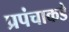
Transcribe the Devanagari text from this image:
प्रपंचाकडे